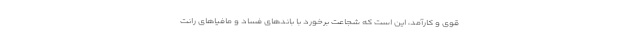
قوی و کارآمد، این است که شجاعت برخورد با باندهای فساد و مافیاهای رانت